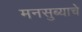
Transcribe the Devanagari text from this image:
मनसुब्याचे